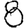
Digit: 8